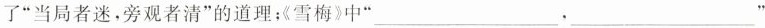
了”当局者迷，旁观者清”的道理：《雪梅》中”___.___”